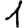
Digit: 1